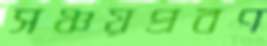
সঞ্চয়প্রবণ